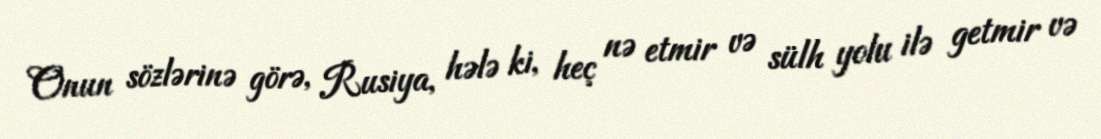
Onun sözlərinə görə, Rusiya, hələ ki, heç nə etmir və sülh yolu ilə getmir və